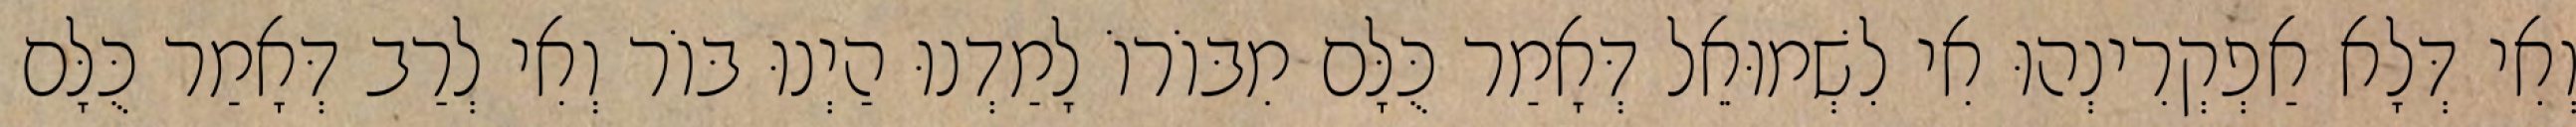
וְאִי דְּלָא אַפְקְרִינְהוּ אִי לִשְׁמוּאֵל דְּאָמַר כֻּלָּם מִבּוֹרוֹ לָמַדְנוּ הַיְנוּ בּוֹר וְאִי לְרַב דְּאָמַר כֻּלָּם